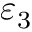
\varepsilon _ { 3 }